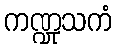
ကဏ္ဍုသကံ